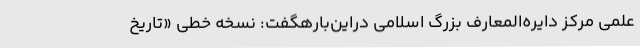
علمی مرکز دایره‌المعارف بزرگ اسلامی دراین‌بارهگفت: نسخه خطی «تاریخ